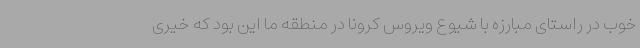
خوب در راستای مبارزه با شیوع ویروس کرونا در منطقه ما این بود که خیری